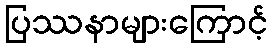
ပြဿနာများကြောင့်